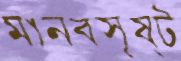
মানবসৃষ্ট